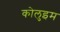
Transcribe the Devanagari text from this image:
कोलुइम